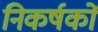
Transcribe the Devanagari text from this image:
निकर्षकों